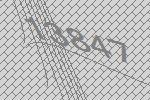
13847